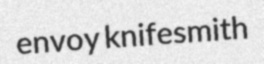
envoy knifesmith